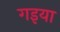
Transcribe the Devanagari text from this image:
गइया